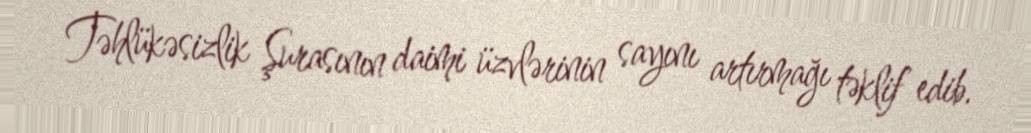
Təhlükəsizlik Şurasının daimi üzvlərinin sayını artırmağı təklif edib.